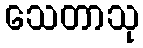
သေတာသု